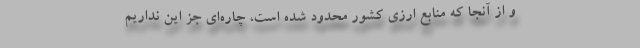
و از آنجا كه منابع ارزی كشور محدود شده است، چاره‌ای جز این نداریم